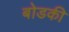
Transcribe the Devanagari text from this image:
बोडकी